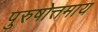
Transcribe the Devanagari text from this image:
पुरुषोत्तमाय